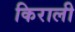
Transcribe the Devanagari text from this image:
किराली